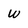
Character: w